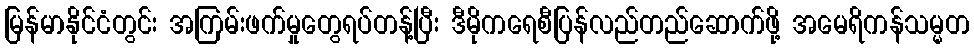
မြန်မာနိုင်ငံတွင်း အကြမ်းဖက်မှုတွေရပ်တန့်ပြီး ဒီမိုကရေစီပြန်လည်တည်ဆောက်ဖို့ အမေရိကန်သမ္မတ